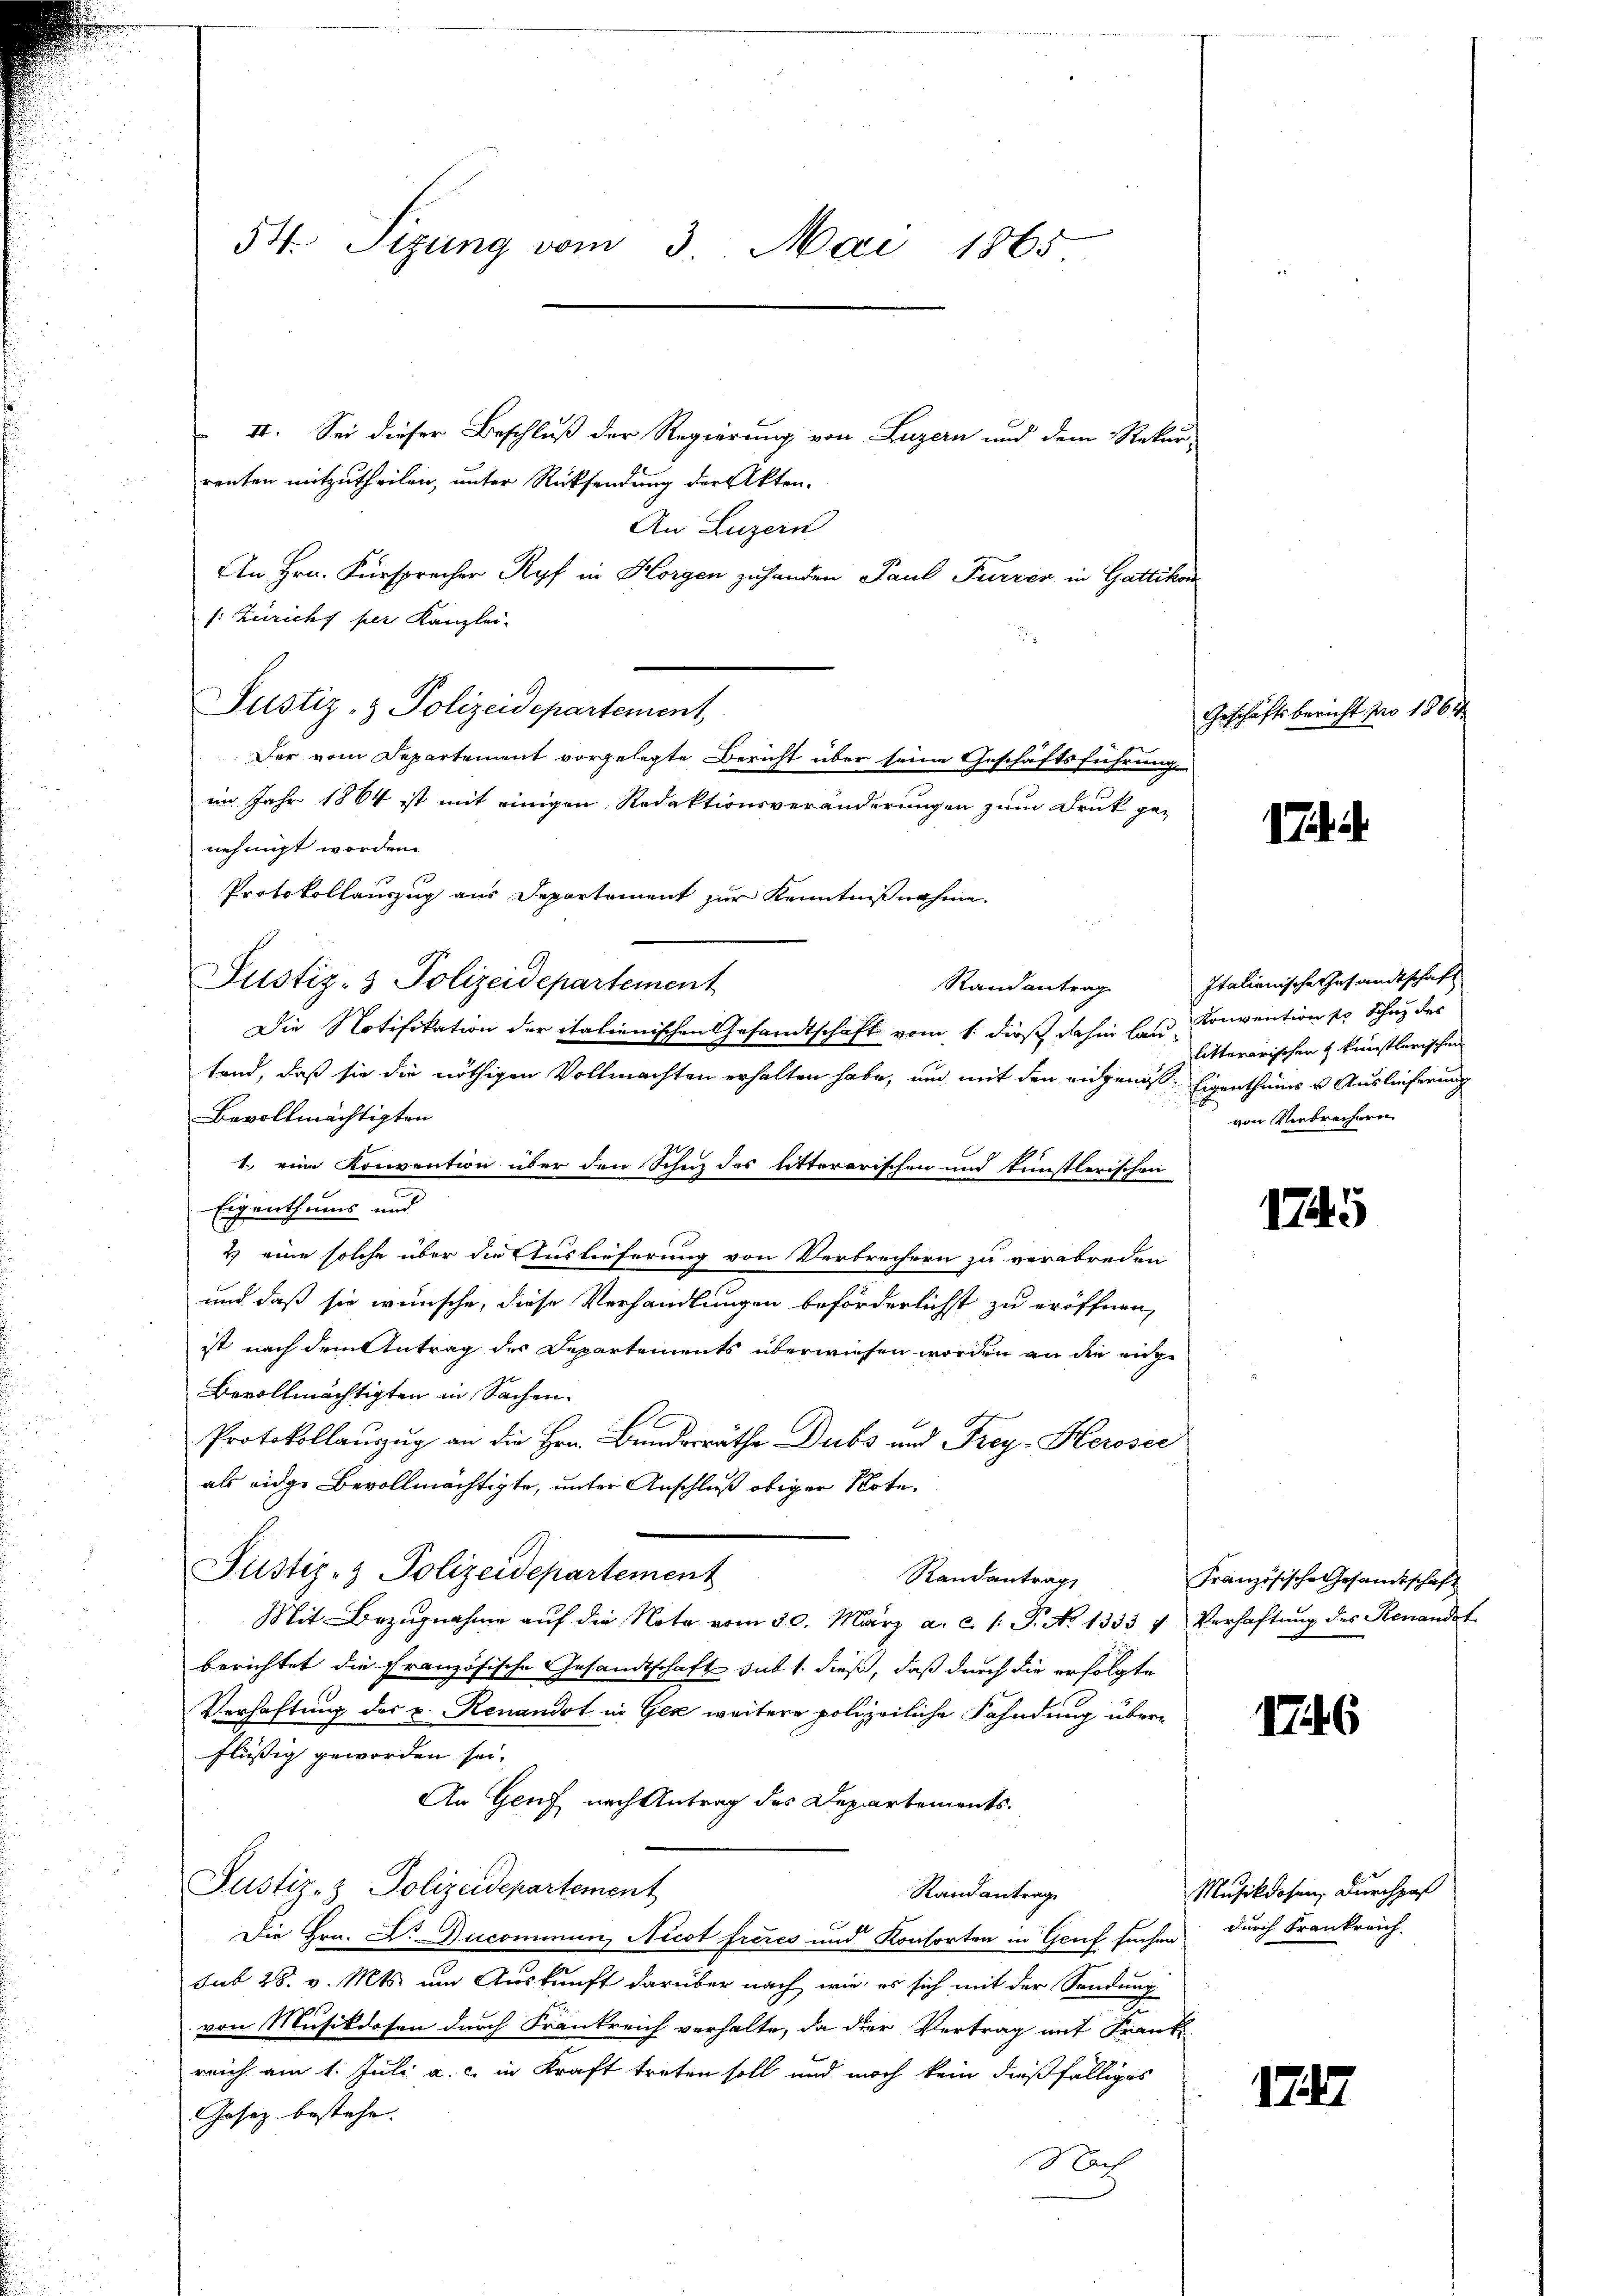
54. Sizung vom 3. Mai 1865.

II. Sei dieser Beschluß der Regierung von Luzern und dem Rekur-
renten mitzutheilen, unter Rücksendung der Akten.
An Luzern
An Hrn. Fürsprecher Ryf in Horgen zuhanden Paul Furrer in Gattikon
s: Züricht per Kanzlei-
Justiz- & Polizeidepartement,
Der vom Departement vorgelegte Bericht über seine Geschäftsführung
im Jahr 1864 ist mit einigen Redaktionsveränderungen zum Druk ge-
nehmigt worden.
Protokollauszug aus Departement zur Kenntnißnahme.
Justiz- & Polizeidepartement
Randantrag
Die Notifikation der italienischen Gesandtschaft vom 1. dieß dahin land Konvention so Schuz des
tend, daß sie die nöthigen Vollmachten erhalten habe, und mit den eidgenöss. Eigenthums u. Auslieferung
Bevollmächtigten
1. eine Konvention über den Schutz des litterarischen und künstlerischen
Eigenthums und
2.) eine solche über die Auslieferung von Verbrechern zu verabreden
und daß sie wünsche, diese Verhandlungen beförderlichst zu eröffnen,
ist nach dem Antrag des Departements überwiesen worden an die eige
Bevollmächtigten in Sachen.
Protokollauszug an die Hrn. Bundesräthe Dubs und Frey-Herosec
als eidge Bevollmächtigte, unter Anschluß obiger Bote.
Justiz- & Polizeidepartement
Randantrag
Mit Bezŭgnahme aŭf die Nota vom 30. März a. c. l. J. No 1333 v Verhaftŭng des Renandet
berichtet die Französische Gesandtschaft sub 1. dieß, daß durch die erfolgte
Verhaftung des u. Renandot in Gek weitere polizeiliche Fahndung überflüssig geworden sei.
An Genf nach Antrag des Departements-
Justiz- & Polizeidepartement
Randantrage
Die Hrn. Dr. Zucommun, Nicot freies und Kontorten in Genf suchen durch Frankreich-
sub 28. v. Mts. um Auskunft darüber nach wie, es sich mit der Sendung
von Musikdosen durch Frankreich verhalte, da der Vertrag mit Frankreich am 1. Juli a. c. in Kraft treten soll und noch kein dießfälliges
Josez bestehe.
Nach

Geschäftsbericht pro 1864

Italienische Gesandtschaft
litterarischen & künstlerischen
von Verbrechern

1745

Französische Gesandtschaft

1746

Musikdosen, Durchpaß

1747